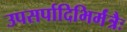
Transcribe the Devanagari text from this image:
उपसर्पादिभिर्मंत्रैः